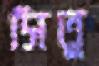
সিতু